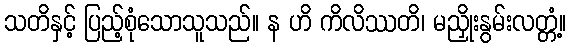
သတိနှင့် ပြည့်စုံသောသူသည်။ န ဟိ ကိလိဿတိ၊ မညှိုးနွမ်းလတ္တံ့။